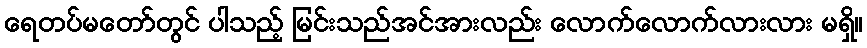
ရေတပ်မတော်တွင် ပါသည့် မြင်းသည်အင်အားလည်း လောက်လောက်လားလား မရှိ။